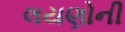
લયણોની